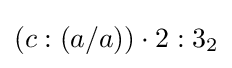
(c:(a/a))\cdot 2:3_{2}